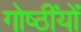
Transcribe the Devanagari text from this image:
गोष्ठींयों